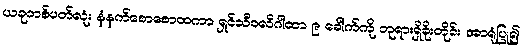
ယခုတစ်ပတ်လုံး နံနက်စောစောထကာ ရှင်သီဝလိဂါထာ ၉ ခေါက်ကို ဘုရားရှိခိုးတိုင်း အာရုံပြု၍